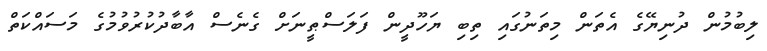
ލިބުމުން ދުނިޔޭގެ އެތަން މިތަނުގައި ތިބި ޔަހޫދީން ފަލަސްޠީނަށް ގެނެސް އާބާދުކުރުވުމުގެ މަސައްކަތް